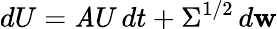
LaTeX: dU=\mathit{A}U\, dt+\Sigma^{1/2}\, d\mathbf{w}